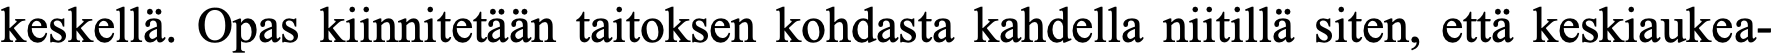
keskellä. Opas kiinnitetään taitoksen kohdasta kahdella niitillä siten, että keskiaukea-